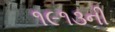
૧૯૧૩ની